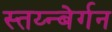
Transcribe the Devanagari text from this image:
स्तय्न्बेर्गन